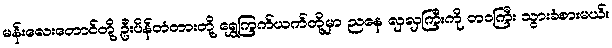
မန်းလေးတောင်တို့ ဦးပိန်တံတားတို့ ရွှေကြက်ယက်တို့မှာ ညနေ လှလှကြီးကို တဝကြီး သွားခံစားမယ်။